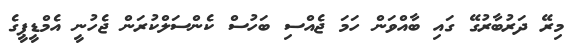
މިރޭ ދަރުބާރުގޭ ގައި ބާއްވަން ހަމަ ޖެއްސި ބަހުސް ކެންސަލްކުރަން ޖެހުނީ އެމްޑީޕީގެ